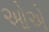
ઓએ